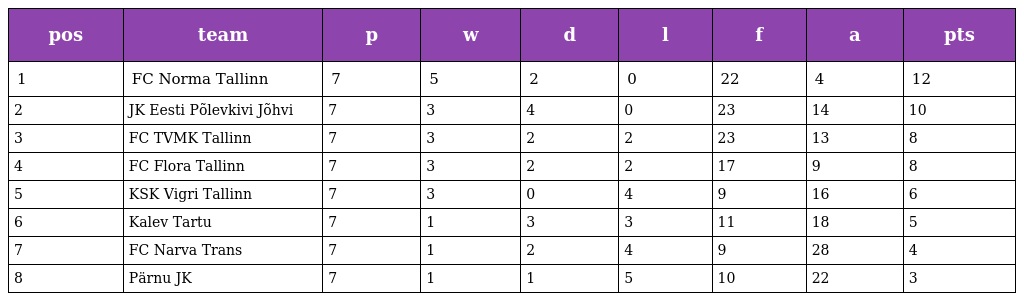
| pos | team | p | w | d | l | f | a | pts |
 | --- | --- | --- | --- | --- | --- | --- | --- | --- |
 | 1 | FC Norma Tallinn | 7 | 5 | 2 | 0 | 22 | 4 | 12 |
 | 2 | JK Eesti Põlevkivi Jõhvi | 7 | 3 | 4 | 0 | 23 | 14 | 10 |
 | 3 | FC TVMK Tallinn | 7 | 3 | 2 | 2 | 23 | 13 | 8 |
 | 4 | FC Flora Tallinn | 7 | 3 | 2 | 2 | 17 | 9 | 8 |
 | 5 | KSK Vigri Tallinn | 7 | 3 | 0 | 4 | 9 | 16 | 6 |
 | 6 | Kalev Tartu | 7 | 1 | 3 | 3 | 11 | 18 | 5 |
 | 7 | FC Narva Trans | 7 | 1 | 2 | 4 | 9 | 28 | 4 |
 | 8 | Pärnu JK | 7 | 1 | 1 | 5 | 10 | 22 | 3 |